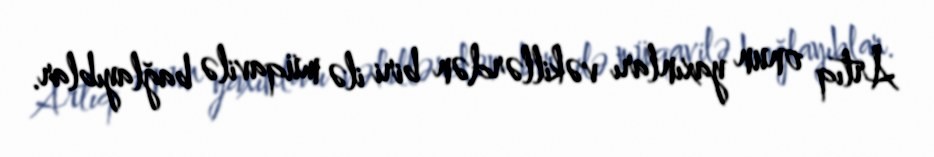
Artıq onun yaxınları vəkillərdən biri ilə müqavilə bağlayıblar.